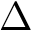
\Delta